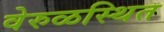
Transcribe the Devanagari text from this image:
वेरुळस्थित